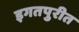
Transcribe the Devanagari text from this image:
इगतपुरीत